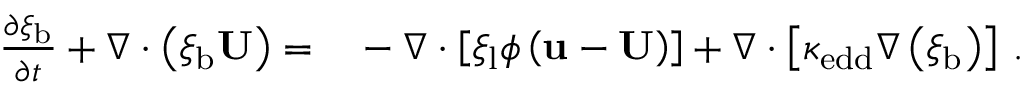
\begin{array} { r l } { \frac { \partial \xi _ { \mathrm { b } } } { \partial t } + \nabla \cdot \left( \xi _ { \mathrm { b } } \mathbf { U } \right) = } & { { } - \nabla \cdot \left[ \xi _ { \mathrm { l } } \phi \left( \mathbf { u } - \mathbf { U } \right) \right] + \nabla \cdot \left[ \kappa _ { \mathrm { e d d } } \nabla \left( \xi _ { \mathrm { b } } \right) \right] \, . } \end{array}